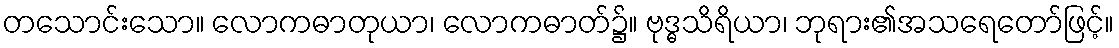
တသောင်းသော။ လောကဓာတုယာ၊ လောကဓာတ်၌။ ဗုဒ္ဓသိရိယာ၊ ဘုရား၏အသရေတော်ဖြင့်။